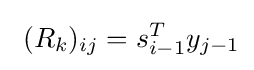
~(R_{k})_{ij}=s_{i-1}^{T}y_{j-1}